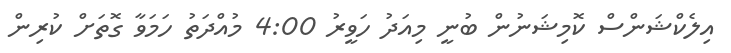
އިލެކްޝަންސް ކޮމިޝަނުން ބުނީ މިއަދު ހަވީރު 4:00 މުއްދަތު ހަމަވާ ގޮތަށް ކުރިން